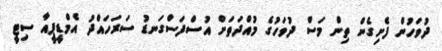
ދުވަހުން ފެށިގެން ތިން މަސް ދުވަހުގެ މުއްދަތަށް އުސްފަސްގަނޑު ސަރަހައްދު އެމްޑީޕީއާ ސިޓީ